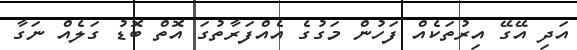
އަދި އޭގޭ އިރުތަކެއް ފަހުން މަގުގެ އެއްފަރާތުގަ އޮތް ބޮޑު ގަލެއް ނަގާ